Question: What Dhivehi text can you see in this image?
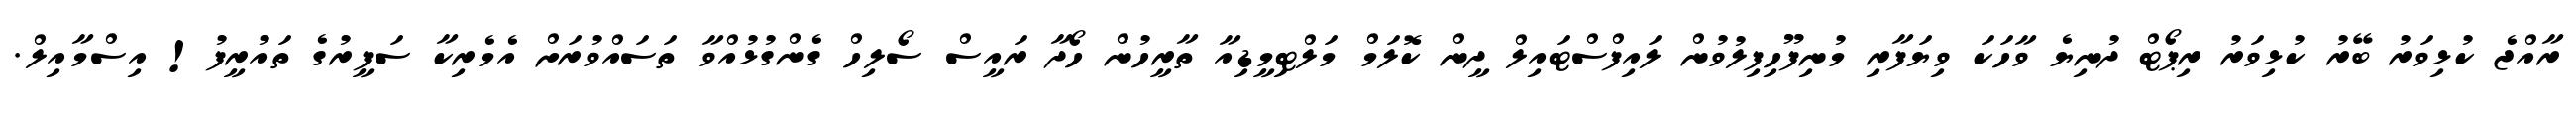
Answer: ރާއްޖެ ކުޅިވަރު ބޭރު ކުޅިވަރު ރިޕޯޓް ދުނިޔެ ވާހަކަ ވިޔަފާރި މުނިފޫހިފިލުވުން ލައިފްސްޓައިލް ދީން ކޮލަމް މަލްޓިމީޑިއާ ތާރީހުން ހޯދާ ރައީސް ސޯލިހް ގެންގުޅުއްވާ ތަސައްވުރަށް އެމެރިކާ ސަފީރުގެ ތައުރީފު! އިސްމާއިލް.